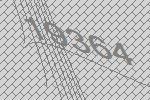
19364